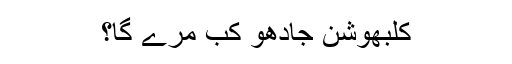
کلبھوشن جادھو کب مرے گا؟